Mental hospitals Bombay report 1929-33 - 1929-1933
Year: 1929
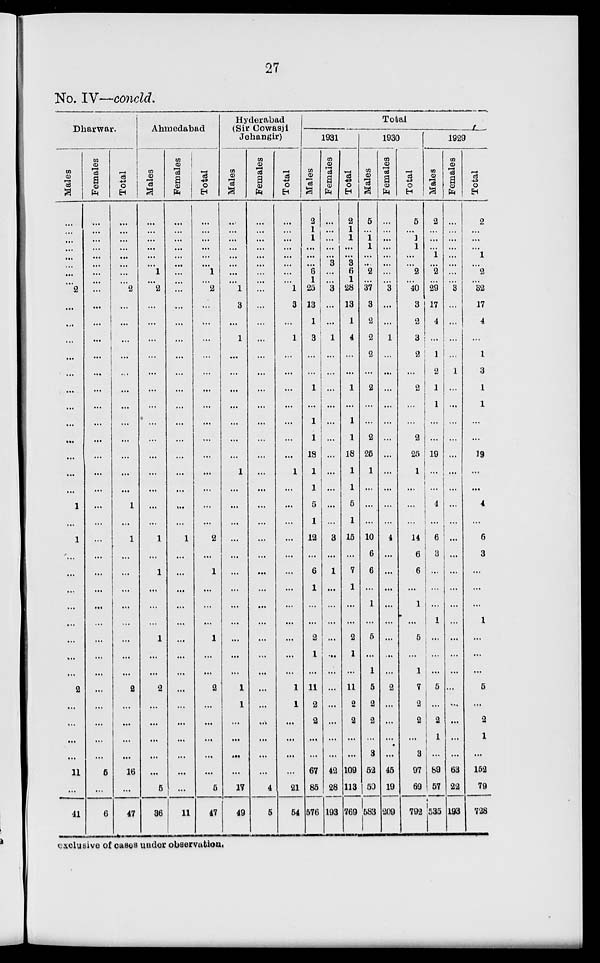
27
No. IV—concld.
Dharwar.
Males
...
...
...
...
...
...
...
...
2
...
...
...
...
...
...
...
...
...
...
...
...
1
...
1
...
...
...
...
...
...
...
...
2
...
...
...
...
11
...
41
Females
...
...
...
...
...
...
...
...
...
...
...
...
...
...
...
...
...
...
...
...
...
...
...
...
...
...
...
...
...
...
...
...
...
...
...
...
...
5
...
6
Total
...
...
...
...
...
...
...
...
2
...
...
...
...
...
...
...
...
...
...
...
...
1
...
1
...
...
...
...
...
...
...
...
2
...
...
...
...
16
...
47
Ahmedabad
Males
...
...
...
...
...
...
1
...
2
...
...
...
...
...
...
...
...
...
...
...
...
...
...
1
...
1
...
...
...
1
...
...
2
...
...
...
...
...
5
36
Females
...
...
...
...
...
...
...
...
...
...
...
...
...
...
...
...
...
...
...
...
...
...
...
1
...
...
...
...
...
...
...
...
...
...
...
...
...
...
...
11
Total
...
...
...
...
...
...
1
...
2
...
...
...
...
...
...
...
...
...
...
...
...
...
...
2
...
1
...
...
...
1
...
...
2
...
...
...
...
...
5
47
Hyderabad
(Sir Cowasji
Jehangir)
Males
...
...
...
...
...
...
...
...
1
3
...
1
...
...
...
...
...
...
...
1
...
...
...
...
...
...
...
...
...
...
...
...
1
1
...
...
...
...
17
49
Females
...
...
...
...
...
...
...
...
...
...
...
...
...
...
...
...
...
...
...
...
...
...
...
...
...
...
...
...
...
...
...
...
...
...
...
...
...
...
4
5
Total
...
...
...
...
...
...
...
...
1
3
...
1
...
...
...
...
...
...
...
1
...
...
...
...
...
...
...
...
...
...
...
...
1
1
...
...
...
...
21
54
Total
1931
Males
2
1
1
...
...
...
6
1
25
13
1
3
...
...
1
...
1
1
18
1
1
5
1
12
...
6
1
...
...
2
1
...
11
2
2
...
...
67
85
576
Females
...
...
...
...
...
3
...
...
3
...
...
1
...
...
...
...
...
...
...
...
...
...
...
3
...
1
...
...
...
...
...
...
...
...
...
...
...
42
28
193
Total
2
1
1
...
...
3
6
1
28
13
1
4
...
...
1
...
1
1
18
1
1
5
1
15
...
7
1
...
...
2
1
...
11
2
2
...
...
109
113
769
1930
Males
5
...
1
1
...
...
2
...
37
3
2
2
2
...
2
...
...
2
25
1
...
...
...
10
6
6
...
1
...
5
...
1
5
2
2
...
3
52
50
583
Females
...
...
...
...
...
...
...
...
3
...
...
1
...
...
...
...
...
...
...
...
...
...
...
4
...
...
...
...
...
...
...
...
2
...
...
...
...
45
19
209
Total
5
...
1
1
...
...
2
...
40
3
2
3
2
...
2
...
...
2
25
1
...
...
...
14
6
6
...
1
...
5
...
1
7
2
2
...
3
97
69
792
1929
Males
2
...
...
...
1
...
2
...
29
17
4
...
1
2
1
1
...
...
19
...
...
4
...
6
3
...
...
...
1
...
...
...
5
...
2
1
...
89
57
535
Females
...
...
...
...
...
...
...
...
3
...
...
...
...
1
...
...
...
...
...
...
...
...
...
...
...
...
...
...
...
...
...
...
...
...
...
...
...
63
22
193
Total
2
...
...
...
1
...
2
...
32
17
4
...
1
3
1
1
...
...
19
...
...
4
...
6
3
...
...
...
1
...
...
...
5
...
2
1
...
152
79
728
exclusive of cases under observation.